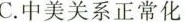
C.中美关系正常化